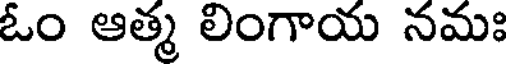
ఓం ఆత్మ లింగాయ నమః